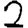
Digit: 2